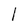
Character: l